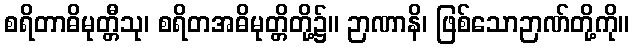
စရိတာဓိမုတ္တီသု၊ စရိတအဓိမုတ္တိတို့၌။ ဉာဏာနိ၊ ဖြစ်သောဉာဏ်တို့ကို။